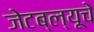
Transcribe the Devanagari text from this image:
जेटब्ल्यूचे